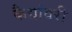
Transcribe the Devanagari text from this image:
कैद्यांवरी